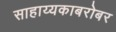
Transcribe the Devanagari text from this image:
साहाय्यकाबरोबर